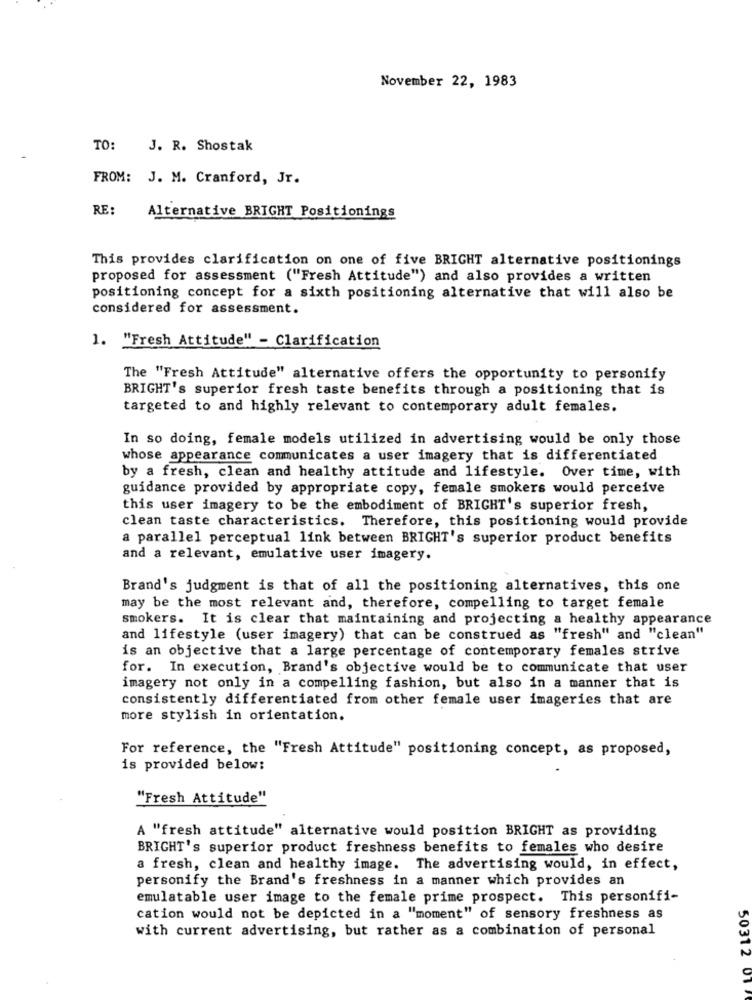
November 22, 1983
TO:
J. R. Shostak
FROM: J. M. Cranford, Jr.
RE:
Alternative BRIGHT Positionings
This provides clarification on one of five BRIGHT alternative positionings
proposed for assessment ("Fresh Attitude") and also provides a written
positioning concept for a sixth positioning alternative that will also be
considered for assessment.
1. "Fresh Attitude" - Clarification
The "Fresh Attitude" alternative offers the opportunity to personify
BRIGHT's superior fresh taste benefits through a positioning that is
targeted to and highly relevant to contemporary adult females.
In so doing, female models utilized in advertising would be only those
whose appearance communicates a user imagery that is differentiated
by a fresh, clean and healthy attitude and lifestyle. Over time, with
guidance provided by appropriate copy, female smokers would perceive
this user imagery to be the embodiment of BRIGHT's superior fresh,
clean taste characteristics. Therefore, this positioning would provide
a parallel perceptual link between BRIGHT's superior product benefits
and a relevant, emulative user imagery.
Brand's judgment is that of all the positioning alternatives, this one
may be the most relevant and, therefore, compelling to target female
smokers. It is clear that maintaining and projecting a healthy appearance
and lifestyle (user imagery) that can be construed as "fresh" and "clean"
is an objective that a large percentage of contemporary females strive
for. In execution, Brand's objective would be to communicate that user
imagery not only in a compelling fashion, but also in a manner that is
consistently differentiated from other female user imageries that are
more stylish in orientation.
For reference, the "Fresh Attitude" positioning concept, as proposed,
is provided below:
"Fresh Attitude"
A "fresh attitude" alternative would position BRIGHT as providing
BRIGHT's superior product freshness benefits to females who desire
a fresh, clean and healthy image. The advertising would, in effect,
personify the Brand's freshness in a manner which provides an
emulatable user image to the female prime prospect. This personifi-
cation would not be depicted in a "moment" of sensory freshness as
with current advertising, but rather as a combination of personal
50312